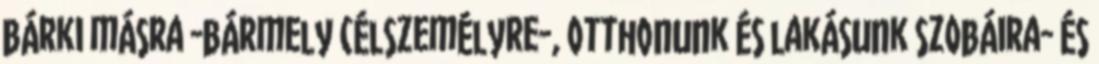
bárki másra -bármely célszemélyre-, otthonunk és lakásunk szobáira- és